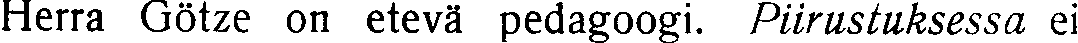
Herra Götze on etevä pedagoogi. Piirustuksessa ei